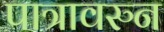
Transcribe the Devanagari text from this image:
पात्रावरुन